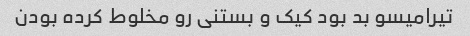
تیرامیسو بد بود کیک و بستنی رو مخلوط کرده بودن